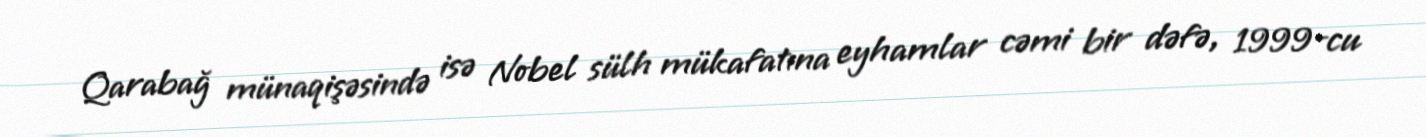
Qarabağ münaqişəsində isə Nobel sülh mükafatına eyhamlar cəmi bir dəfə, 1999-cu